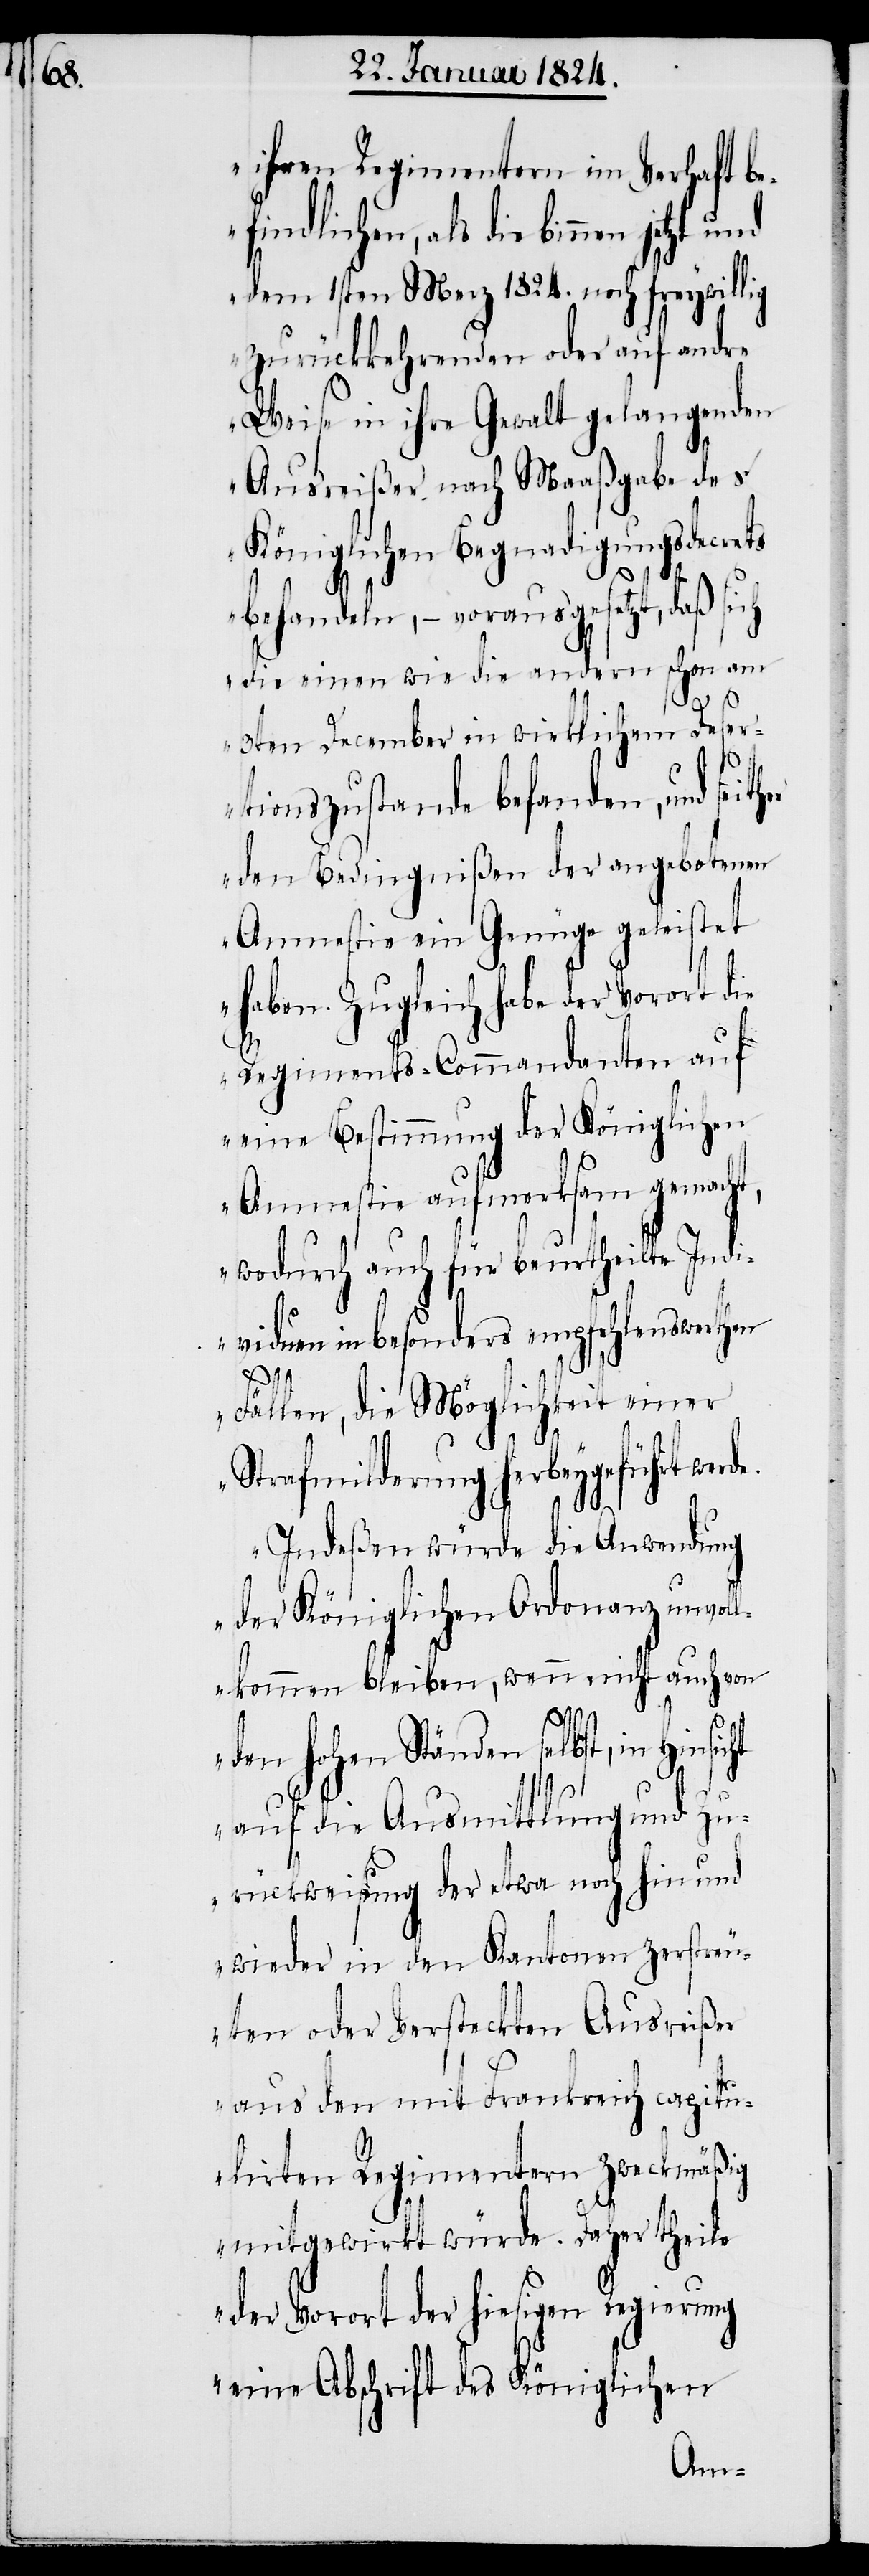
ihren Regimentern im Verhaft be¬
findlichen, als die binnen
dem 1sten Merz 1824. noch freywillig
zurückkehrenden oder auf andre
Weise in ihre Gewalt gelangenden
Ausreißer nach Maaßgabe des
Königlichen Begnadigungsdecrets
ht
behandeln, – vorausgesetzt, daß sich
die einen wie die andern schon am
3ten December in wirklichem Dese¬
rtionszustande befanden, und seith¬
er den Bedingnißen der angebotenen
Amnestie ein Genüge geleistet
haben. Zugleich habe der Vorort die
Regiments-Commandanten auf
eine Bestimmung der Königlichen
Amnestie aufmerksam gemach¬
t, wodurch auch für beurtheilte Indi¬
viduen in besonders empfehlenswerthen
Fällen, die Möglichkeit einer
de.
Strafmilderung herbeygeführt wer¬
Indeßen würde die Anwendung
der Königlichen Ordonanz unvol¬
lkommen bleiben, wenn nicht auch von
den hohen Ständen selbst, in Hinsic¬
auf die Ausmittlung und Zu¬
rückweisung der etwa noch hin und
wieder in den Kantonen zerstreu¬
ten oder Versteckten Ausreißer
aus den mit Frankreich capitu¬
lirten Regimentern zweckmäßig
mitgewirkt würde. Daher theile
der Vorort der hiesigen Regierung
eine Abschrift des Königlichen